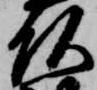
頭